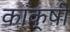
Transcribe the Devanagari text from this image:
कांक्षी